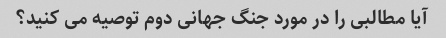
آیا مطالبی را در مورد جنگ جهانی دوم توصیه می کنید؟